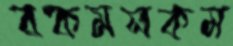
রকমসকম